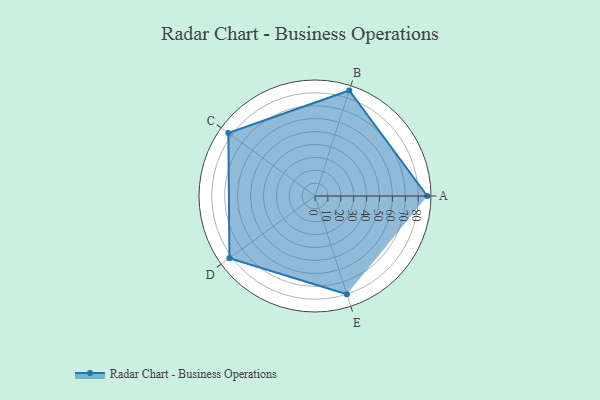
{"axis": {"x": "Skill", "y": "Score"}, "legend": ["Profile"], "data": [{"x": "A", "y": 87.0, "type": "Profile"}, {"x": "B", "y": 86.0, "type": "Profile"}, {"x": "C", "y": 83.0, "type": "Profile"}, {"x": "D", "y": 82.0, "type": "Profile"}, {"x": "E", "y": 80.0, "type": "Profile"}]}